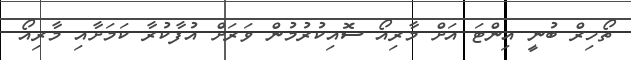
ތޯހިރް ބުނީ އިންޓަ އަށް މާރިއޯ ސޮއިކުރުމުން ވަރަށް އުފާކުރާ ކަމަށާއި މާރިއޯ